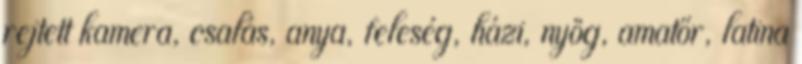
rejtett kamera, csalás, anya, feleség, házi, nyög, amatőr, latina